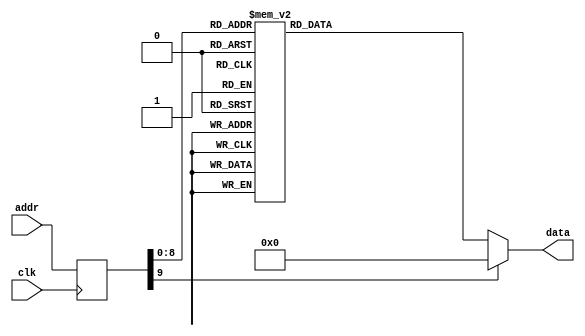
//character mode LCD bitmap

module LCD_character_bitmap(
	input clk,
	input [9:0] addr,
	output reg [7:0] data
	);
	
	reg [9:0] addr_reg;
	
	always @ (posedge clk)
		begin
			addr_reg <= addr;
		end
		
	always @*
		begin
			case (addr_reg)
			//code blank
			10'h000: data = 8'b0000_0000;
			10'h001: data = 8'b0000_0000;
			10'h002: data = 8'b0000_0000;
			10'h003: data = 8'b0000_0000;
			10'h004: data = 8'b0000_0000;
			10'h005: data = 8'b0000_0000;
			10'h006: data = 8'b0000_0000;
			10'h007: data = 8'b0000_0000;
			//code !
			10'h008: data = 8'b0001_1000;
			10'h009: data = 8'b0001_1000;
			10'h00a: data = 8'b0001_1000;
			10'h00b: data = 8'b0001_1000;
			10'h00c: data = 8'b0000_0000;
			10'h00d: data = 8'b0000_0000;
			10'h00e: data = 8'b0001_1000;
			10'h00f: data = 8'b0000_0000;
			//code "
			10'h010: data = 8'b0110_0110;
			10'h011: data = 8'b0110_0110;
			10'h012: data = 8'b0110_0110;
			10'h013: data = 8'b0000_0000;
			10'h014: data = 8'b0000_0000;
			10'h015: data = 8'b0000_0000;
			10'h016: data = 8'b0000_0000;
			10'h017: data = 8'b0000_0000;
			//code #
			10'h018: data = 8'b0010_0100;
			10'h019: data = 8'b0010_0100;
			10'h01a: data = 8'b1111_1111;
			10'h01b: data = 8'b0010_0100;
			10'h01c: data = 8'b1111_1111;
			10'h01d: data = 8'b0010_0100;
			10'h01e: data = 8'b0010_0100;
			10'h01f: data = 8'b0000_0000;
			//code $
			10'h020: data = 8'b0001_1000;
			10'h021: data = 8'b0011_1111;
			10'h022: data = 8'b1100_0000;
			10'h023: data = 8'b0011_1100;
			10'h024: data = 8'b0001_1011;
			10'h025: data = 8'b1111_1100;
			10'h026: data = 8'b0001_1000;
			10'h027: data = 8'b0000_0000;
			//code %
			10'h028: data = 8'b0000_0000;
			10'h029: data = 8'b0110_0010;
			10'h02a: data = 8'b0110_0100;
			10'h02b: data = 8'b0000_1000;
			10'h02c: data = 8'b0001_0000;
			10'h02d: data = 8'b0010_0110;
			10'h02e: data = 8'b0100_0110;
			10'h02f: data = 8'b0000_0000;
			//code &
			10'h030: data = 8'b0011_0000;
			10'h031: data = 8'b0100_1000;
			10'h032: data = 8'b0011_0000;
			10'h033: data = 8'b0101_0110;
			10'h034: data = 8'b1000_1000;
			10'h035: data = 8'b1000_1000;
			10'h036: data = 8'b0111_0110;
			10'h037: data = 8'b0000_0000;
			//code '
			10'h038: data = 8'b0001_0000;
			10'h039: data = 8'b0001_0000;
			10'h03a: data = 8'b0010_0000;
			10'h03b: data = 8'b0000_0000;
			10'h03c: data = 8'b0000_0000;
			10'h03d: data = 8'b0000_0000;
			10'h03e: data = 8'b0000_0000;
			10'h03f: data = 8'b0000_0000;
			//code (
			10'h040: data = 8'b0001_0000;
			10'h041: data = 8'b0010_0000;
			10'h042: data = 8'b0100_0000;
			10'h043: data = 8'b0100_0000;
			10'h044: data = 8'b0100_0000;
			10'h045: data = 8'b0010_0000;
			10'h046: data = 8'b0001_0000;
			10'h047: data = 8'b0000_0000;
			//code )
			10'h048: data = 8'b0010_0000;
			10'h049: data = 8'b0001_0000;
			10'h04a: data = 8'b0000_1000;
			10'h04b: data = 8'b0000_1000;
			10'h04c: data = 8'b0000_1000;
			10'h04d: data = 8'b0001_0000;
			10'h04e: data = 8'b0010_0000;
			10'h04f: data = 8'b0000_0000;
			//code *
			10'h050: data = 8'b0000_0000;
			10'h051: data = 8'b0100_0100;
			10'h052: data = 8'b0011_1000;
			10'h053: data = 8'b1111_1110;
			10'h054: data = 8'b0011_1000;
			10'h055: data = 8'b0100_0100;
			10'h056: data = 8'b0000_0000;
			10'h057: data = 8'b0000_0000;
			// code +
			10'h058: data = 8'b0000_0000;
			10'h059: data = 8'b0001_0000;
			10'h05a: data = 8'b0001_0000;
			10'h05b: data = 8'b0111_1100;
			10'h05c: data = 8'b0001_0000;
			10'h05d: data = 8'b0001_0000;
			10'h05e: data = 8'b0000_0000;
			10'h05f: data = 8'b0000_0000;
			// code ,
			10'h060: data = 8'b0000_0000;
			10'h061: data = 8'b0000_0000;
			10'h062: data = 8'b0000_0000;
			10'h063: data = 8'b0000_0000;
			10'h064: data = 8'b0001_0000;
			10'h065: data = 8'b0001_0000;
			10'h066: data = 8'b0010_0000;
			10'h067: data = 8'b0000_0000;
			// code -
			10'h068: data = 8'b0000_0000;
			10'h069: data = 8'b0000_0000;
			10'h06a: data = 8'b0000_0000;
			10'h06b: data = 8'b0111_1110;
			10'h06c: data = 8'b0000_0000;
			10'h06d: data = 8'b0000_0000;
			10'h06e: data = 8'b0000_0000;
			10'h06f: data = 8'b0000_0000;
			// code .
			10'h070: data = 8'b0000_0000;
			10'h071: data = 8'b0000_0000;
			10'h072: data = 8'b0000_0000;
			10'h073: data = 8'b0000_0000;
			10'h074: data = 8'b0000_0000;
			10'h075: data = 8'b0001_0000;
			10'h076: data = 8'b0001_0000;
			10'h077: data = 8'b0000_0000;
			// code /
			10'h078: data = 8'b0000_0000;
			10'h079: data = 8'b0000_0010;
			10'h07a: data = 8'b0000_0100;
			10'h07b: data = 8'b0000_1000;
			10'h07c: data = 8'b0001_0000;
			10'h07d: data = 8'b0010_0000;
			10'h07e: data = 8'b0100_0000;
			10'h07f: data = 8'b0000_0000;
			// code 0
			10'h080: data = 8'b0111_1100;
			10'h081: data = 8'b1100_0110;
			10'h082: data = 8'b1100_0110;
			10'h083: data = 8'b1101_0110;
			10'h084: data = 8'b1100_0110;
			10'h085: data = 8'b1100_0110;
			10'h086: data = 8'b0111_1100;
			10'h087: data = 8'b0000_0000;
			// code 1
			10'h088: data = 8'b0011_0000;
			10'h089: data = 8'b0111_0000;
			10'h08a: data = 8'b0011_0000;
			10'h08b: data = 8'b0011_0000;
			10'h08c: data = 8'b0011_0000;
			10'h08d: data = 8'b0011_0000;
			10'h08e: data = 8'b1111_1100;
			10'h08f: data = 8'b0000_0000;
			//code 2
			10'h090: data = 8'b0111_1000;
			10'h091: data = 8'b1100_1100;
			10'h092: data = 8'b0000_1100;
			10'h093: data = 8'b0011_1000;
			10'h094: data = 8'b0110_0000;
			10'h095: data = 8'b1100_0011;
			10'h096: data = 8'b1111_1100;
			10'h097: data = 8'b0000_0000;
			// code 3
			10'h098: data = 8'b0111_1000;
			10'h099: data = 8'b1100_1100;
			10'h09a: data = 8'b0000_1100;
			10'h09b: data = 8'b0011_1000;
			10'h09c: data = 8'b0000_1100;
			10'h09d: data = 8'b1100_1100;
			10'h09e: data = 8'b0111_1000;
			10'h09f: data = 8'b0000_0000;
			// code 4
			10'h0a0: data = 8'b0000_0110;
			10'h0a1: data = 8'b0000_1110;
			10'h0a2: data = 8'b0001_1110;
			10'h0a3: data = 8'b0110_0110;
			10'h0a4: data = 8'b0111_1111;
			10'h0a5: data = 8'b0000_0110;
			10'h0a6: data = 8'b0000_0110;
			10'h0a7: data = 8'b0000_0000;
			// code 5
			10'h0a8: data = 8'b0111_1110;
			10'h0a9: data = 8'b0110_0000;
			10'h0aa: data = 8'b0111_1100;
			10'h0ab: data = 8'b0000_0110;
			10'h0ac: data = 8'b0000_0110;
			10'h0ad: data = 8'b0110_0110;
			10'h0ae: data = 8'b0011_1100;
			10'h0af: data = 8'b0000_0000;
			// code 6
			10'h0b0: data = 8'b0011_1100;
			10'h0b1: data = 8'b0110_0110;
			10'h0b2: data = 8'b0110_0000;
			10'h0b3: data = 8'b0111_1100;
			10'h0b4: data = 8'b0110_0110;
			10'h0b5: data = 8'b0110_0110;
			10'h0b6: data = 8'b0011_1100;
			10'h0b7: data = 8'b0000_0000;
			// code 7
			10'h0b8: data = 8'b0111_1110;
			10'h0b9: data = 8'b0110_0110;
			10'h0ba: data = 8'b0000_1100;
			10'h0bb: data = 8'b0001_1000;
			10'h0bc: data = 8'b0001_1000;
			10'h0bd: data = 8'b0001_1000;
			10'h0be: data = 8'b0001_1000;
			10'h0bf: data = 8'b0000_0000;
			// code 8
			10'h0c0: data = 8'b0011_1100;
			10'h0c1: data = 8'b0110_0110;
			10'h0c2: data = 8'b0110_0110;
			10'h0c3: data = 8'b0011_1100;
			10'h0c4: data = 8'b0110_0110;
			10'h0c5: data = 8'b0110_0110;
			10'h0c6: data = 8'b0011_1100;
			10'h0c7: data = 8'b0000_0000;
			// code 9
			10'h0c8: data = 8'b0011_1100;
			10'h0c9: data = 8'b0110_0110;
			10'h0ca: data = 8'b0110_0110;
			10'h0cb: data = 8'b0011_1110;
			10'h0cc: data = 8'b0000_0110;
			10'h0cd: data = 8'b0110_0110;
			10'h0ce: data = 8'b0011_1100;
			10'h0cf: data = 8'b0000_0000;
			//code :
			10'h0d0: data = 8'b0000_0000;
			10'h0d1: data = 8'b0000_0000;
			10'h0d2: data = 8'b0001_1000;
			10'h0d3: data = 8'b0000_0000;
			10'h0d4: data = 8'b0000_0000;
			10'h0d5: data = 8'b0001_1000;
			10'h0d6: data = 8'b0000_0000;
			10'h0d7: data = 8'b0000_0000;
			//code ;
			10'h0d8: data = 8'b0000_0000;
			10'h0d9: data = 8'b0000_0000;
			10'h0da: data = 8'b0001_1000;
			10'h0db: data = 8'b0000_0000;
			10'h0dc: data = 8'b0000_0000;
			10'h0dd: data = 8'b0001_1000;
			10'h0de: data = 8'b0001_1000;
			10'h0df: data = 8'b0011_0000;
			// code <
			10'h0e0: data = 8'b0000_1110;
			10'h0e1: data = 8'b0001_1000;
			10'h0e2: data = 8'b0011_0000;
			10'h0e3: data = 8'b0110_0000;
			10'h0e4: data = 8'b0011_0000;
			10'h0e5: data = 8'b0001_1000;
			10'h0e6: data = 8'b0000_1110;
			10'h0e7: data = 8'b0000_0000;
			// code =
			10'h0e8: data = 8'b0000_0000;
			10'h0e9: data = 8'b0000_0000;
			10'h0ea: data = 8'b0111_1110;
			10'h0eb: data = 8'b0000_0000;
			10'h0ec: data = 8'b0111_1110;
			10'h0ed: data = 8'b0000_0000;
			10'h0ee: data = 8'b0000_0000;
			10'h0ef: data = 8'b0000_0000;
			//code >
			10'h0f0: data = 8'b0111_0000;
			10'h0f1: data = 8'b0001_1000;
			10'h0f2: data = 8'b0000_1100;
			10'h0f3: data = 8'b0000_0110;
			10'h0f4: data = 8'b0000_1100;
			10'h0f5: data = 8'b0001_1000;
			10'h0f6: data = 8'b0111_0000;
			10'h0f7: data = 8'b0000_0000;
			// code ?
			10'h0f8: data = 8'b0011_1100;
			10'h0f9: data = 8'b0110_0110;
			10'h0fa: data = 8'b0000_0110;
			10'h0fb: data = 8'b0000_1100;
			10'h0fc: data = 8'b0001_1000;
			10'h0fd: data = 8'b0000_0000;
			10'h0fe: data = 8'b0001_1000;
			10'h0ff: data = 8'b0000_0000;
			//code @
			10'h100: data = 8'b0011_1100;
			10'h101: data = 8'b0110_0110;
			10'h102: data = 8'b0110_1110;
			10'h103: data = 8'b0110_1110;
			10'h104: data = 8'b0110_0000;
			10'h105: data = 8'b0110_0110;
			10'h106: data = 8'b0011_1100;
			10'h107: data = 8'b0000_0000;
			//code A
			10'h108: data = 8'b0001_1000;
			10'h109: data = 8'b0011_1100;
			10'h10a: data = 8'b0110_0110;
			10'h10b: data = 8'b0111_1110;
			10'h10c: data = 8'b0110_0110;
			10'h10d: data = 8'b0110_0110;
			10'h10e: data = 8'b0110_0110;
			10'h10f: data = 8'b0000_0000;
			// code B
			10'h110: data = 8'b0111_1100;
			10'h111: data = 8'b0110_0110;
			10'h112: data = 8'b0110_0110;
			10'h113: data = 8'b0111_1100;
			10'h114: data = 8'b0110_0110;
			10'h115: data = 8'b0110_0110;
			10'h116: data = 8'b0111_1100;
			10'h117: data = 8'b0000_0000;
			//code C
			10'h118: data = 8'b0011_1100;
			10'h119: data = 8'b0110_0110;
			10'h11a: data = 8'b0110_0000;
			10'h11b: data = 8'b0110_0000;
			10'h11c: data = 8'b0110_0000;
			10'h11d: data = 8'b0110_0110;
			10'h11e: data = 8'b0011_1100;
			10'h11f: data = 8'b0000_0000;
			//code D
			10'h120: data = 8'b0111_1000;
			10'h121: data = 8'b0110_1100;
			10'h122: data = 8'b0110_0110;
			10'h123: data = 8'b0110_0110;
			10'h124: data = 8'b0110_0110;
			10'h125: data = 8'b0110_1100;
			10'h126: data = 8'b0111_1000;
			10'h127: data = 8'b0000_0000;
			//code E
			10'h128: data = 8'b0111_1110;
			10'h129: data = 8'b0110_0000;
			10'h12a: data = 8'b0110_0000;
			10'h12b: data = 8'b0111_1000;
			10'h12c: data = 8'b0110_0000;
			10'h12d: data = 8'b0110_0000;
			10'h12e: data = 8'b0111_1110;
			10'h12f: data = 8'b0000_0000;
			//code F
			10'h130: data = 8'b0111_1110;
			10'h131: data = 8'b0110_0000;
			10'h132: data = 8'b0110_0000;
			10'h133: data = 8'b0111_1000;
			10'h134: data = 8'b0110_0000;
			10'h135: data = 8'b0110_0000;
			10'h136: data = 8'b0110_0000;
			10'h137: data = 8'b0000_0000;
			//code G
			10'h138: data = 8'b0011_1100;
			10'h139: data = 8'b0110_0110;
			10'h13a: data = 8'b0110_0000;
			10'h13b: data = 8'b0110_1110;
			10'h13c: data = 8'b0110_0110;
			10'h13d: data = 8'b0110_0110;
			10'h13e: data = 8'b0011_1100;
			10'h13f: data = 8'b0000_0000;
			//code H
			10'h140: data = 8'b0110_0110;
			10'h141: data = 8'b0110_0110;
			10'h142: data = 8'b0110_0110;
			10'h143: data = 8'b0111_1110;
			10'h144: data = 8'b0110_0110;
			10'h145: data = 8'b0110_0110;
			10'h146: data = 8'b0110_0110;
			10'h147: data = 8'b0000_0000;
			//code I
			10'h148: data = 8'b0011_1100;
			10'h149: data = 8'b0001_1000;
			10'h14a: data = 8'b0001_1000;
			10'h14b: data = 8'b0001_1000;
			10'h14c: data = 8'b0001_1000;
			10'h14d: data = 8'b0001_1000;
			10'h14e: data = 8'b0011_1100;
			10'h14f: data = 8'b0000_0000;
			//code J
			10'h150: data = 8'b0001_1110;
			10'h151: data = 8'b0000_1100;
			10'h152: data = 8'b0000_1100;
			10'h153: data = 8'b0000_1100;
			10'h154: data = 8'b0000_1100;
			10'h155: data = 8'b0110_1100;
			10'h156: data = 8'b0011_1000;
			10'h157: data = 8'b0000_0000;
			//code K
			10'h158: data = 8'b0110_0110;
			10'h159: data = 8'b0110_1100;
			10'h15a: data = 8'b0111_1000;
			10'h15b: data = 8'b0111_0000;
			10'h15c: data = 8'b0111_1000;
			10'h15d: data = 8'b0110_1100;
			10'h15e: data = 8'b0110_0110;
			10'h15f: data = 8'b0000_0000;
			//code L
			10'h160: data = 8'b0110_0000;
			10'h161: data = 8'b0110_0000;
			10'h162: data = 8'b0110_0000;
			10'h163: data = 8'b0110_0000;
			10'h164: data = 8'b0110_0000;
			10'h165: data = 8'b0110_0000;
			10'h166: data = 8'b0111_1110;
			10'h167: data = 8'b0000_0000;
			//code M
			10'h168: data = 8'b0110_0011;
			10'h169: data = 8'b0111_0111;
			10'h16a: data = 8'b0111_1111;
			10'h16b: data = 8'b0110_1011;
			10'h16c: data = 8'b0110_0011;
			10'h16d: data = 8'b0110_0011;
			10'h16e: data = 8'b0110_0011;
			10'h16f: data = 8'b0000_0000;
			//code N
			10'h170: data = 8'b0110_0110;
			10'h171: data = 8'b0111_0110;
			10'h172: data = 8'b0111_1110;
			10'h173: data = 8'b0111_1110;
			10'h174: data = 8'b0110_1110;
			10'h175: data = 8'b0110_0110;
			10'h176: data = 8'b0110_0110;
			10'h177: data = 8'b0000_0000;
			//code O
			10'h178: data = 8'b0011_1100;
			10'h179: data = 8'b0110_0110;
			10'h17a: data = 8'b0110_0110;
			10'h17b: data = 8'b0110_0110;
			10'h17c: data = 8'b0110_0110;
			10'h17d: data = 8'b0110_0110;
			10'h17e: data = 8'b0011_1100;
			10'h17f: data = 8'b0000_0000;
			//code P
			10'h180: data = 8'b0111_1100;
			10'h181: data = 8'b0110_0110;
			10'h182: data = 8'b0110_0110;
			10'h183: data = 8'b0111_1100;
			10'h184: data = 8'b0110_0000;
			10'h185: data = 8'b0110_0000;
			10'h186: data = 8'b0110_0000;
			10'h187: data = 8'b0000_0000;
			//code Q
			10'h188: data = 8'b0011_1100;
			10'h189: data = 8'b0110_0110;
			10'h18a: data = 8'b0110_0110;
			10'h18b: data = 8'b0110_0110;
			10'h18c: data = 8'b0110_0110;
			10'h18d: data = 8'b0011_1100;
			10'h18e: data = 8'b0000_1110;
			10'h18f: data = 8'b0000_0000;
			//code R
			10'h190: data = 8'b0111_1100;
			10'h191: data = 8'b0110_0110;
			10'h192: data = 8'b0110_0110;
			10'h193: data = 8'b0111_1100;
			10'h194: data = 8'b0111_1000;
			10'h195: data = 8'b0110_1100;
			10'h196: data = 8'b0110_0110;
			10'h197: data = 8'b0000_0000;
			//code S
			10'h198: data = 8'b0011_1100;
			10'h199: data = 8'b0110_0110;
			10'h19a: data = 8'b0110_0000;
			10'h19b: data = 8'b0011_1100;
			10'h19c: data = 8'b0000_0110;
			10'h19d: data = 8'b0110_0110;
			10'h19e: data = 8'b0011_1100;
			10'h19f: data = 8'b0000_0000;
			//code T
			10'h1a0: data = 8'b0111_1110;
			10'h1a1: data = 8'b0001_1000;
			10'h1a2: data = 8'b0001_1000;
			10'h1a3: data = 8'b0001_1000;
			10'h1a4: data = 8'b0001_1000;
			10'h1a5: data = 8'b0001_1000;
			10'h1a6: data = 8'b0001_1000;
			10'h1a7: data = 8'b0000_0000;
			//code U
			10'h1a8: data = 8'b0110_0110;
			10'h1a9: data = 8'b0110_0110;
			10'h1aa: data = 8'b0110_0110;
			10'h1ab: data = 8'b0110_0110;
			10'h1ac: data = 8'b0110_0110;
			10'h1ad: data = 8'b0110_0110;
			10'h1ae: data = 8'b0011_1100;
			10'h1af: data = 8'b0000_0000;
			//code V
			10'h1b0: data = 8'b0110_0110;
			10'h1b1: data = 8'b0110_0110;
			10'h1b2: data = 8'b0110_0110;
			10'h1b3: data = 8'b0110_0110;
			10'h1b4: data = 8'b0110_0110;
			10'h1b5: data = 8'b0011_1100;
			10'h1b6: data = 8'b0001_1000;
			10'h1b7: data = 8'b0000_0000;
			//code W
			10'h1b8: data = 8'b0110_0011;
			10'h1b9: data = 8'b0110_0011;
			10'h1ba: data = 8'b0110_0011;
			10'h1bb: data = 8'b0110_1011;
			10'h1bc: data = 8'b0111_1111;
			10'h1bd: data = 8'b0111_0111;
			10'h1be: data = 8'b0110_0011;
			10'h1bf: data = 8'b0000_0000;
			//code X
			10'h1c0: data = 8'b0110_0110;
			10'h1c1: data = 8'b0110_0110;
			10'h1c2: data = 8'b0011_1100;
			10'h1c3: data = 8'b0001_1000;
			10'h1c4: data = 8'b0011_1100;
			10'h1c5: data = 8'b0110_0110;
			10'h1c6: data = 8'b0110_0110;
			10'h1c7: data = 8'b0000_0000;
			//code Y
			10'h1c8: data = 8'b0110_0110;
			10'h1c9: data = 8'b0110_0110;
			10'h1ca: data = 8'b0110_0110;
			10'h1cb: data = 8'b0011_1100;
			10'h1cc: data = 8'b0001_1000;
			10'h1cd: data = 8'b0001_1000;
			10'h1ce: data = 8'b0001_1000;
			10'h1cf: data = 8'b0000_0000;
			//code Z
			10'h1d0: data = 8'b0111_1110;
			10'h1d1: data = 8'b0000_0110;
			10'h1d2: data = 8'b0000_1100;
			10'h1d3: data = 8'b0001_1000;
			10'h1d4: data = 8'b0011_0000;
			10'h1d5: data = 8'b0110_0000;
			10'h1d6: data = 8'b0111_1110;
			10'h1d7: data = 8'b0000_0000;
			
			default: data = 8'b0000_0000;
			
			endcase
		end
endmodule